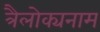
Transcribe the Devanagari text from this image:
त्रैलोक्यनाम